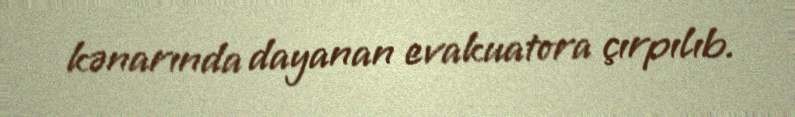
kənarında dayanan evakuatora çırpılıb.